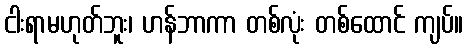
ငါးရာမဟုတ်ဘူး၊ ဟန်ဘာကာ တစ်လုံး တစ်ထောင် ကျပ်။